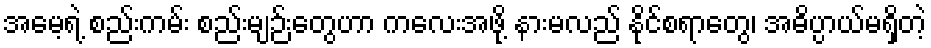
အမေ့ရဲ့ စည်းကမ်း စည်းမျဉ်းတွေဟာ ကလေးအဖို့ နားမလည် နိုင်စရာတွေ၊ အဓိပ္ပာယ်မရှိတဲ့